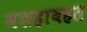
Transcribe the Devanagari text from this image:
मशहाबहत